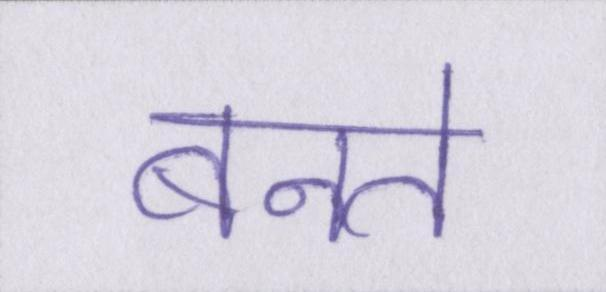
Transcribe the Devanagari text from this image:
बनते